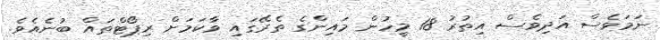
ނަމަވެސް އަދިވެސް އިތުރު 18 މީހުން މައިންގެ ތެރޭގައި ވާކަމަށް ރިޕޯޓްތައް ބުނެއެވެ.